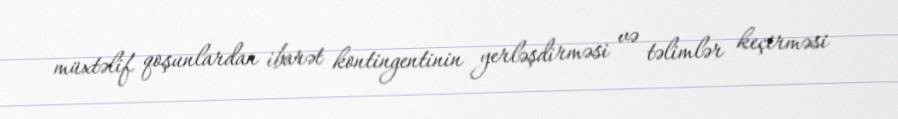
müxtəlif qoşunlardan ibarət kontingentinin yerləşdirməsi və təlimlər keçirməsi